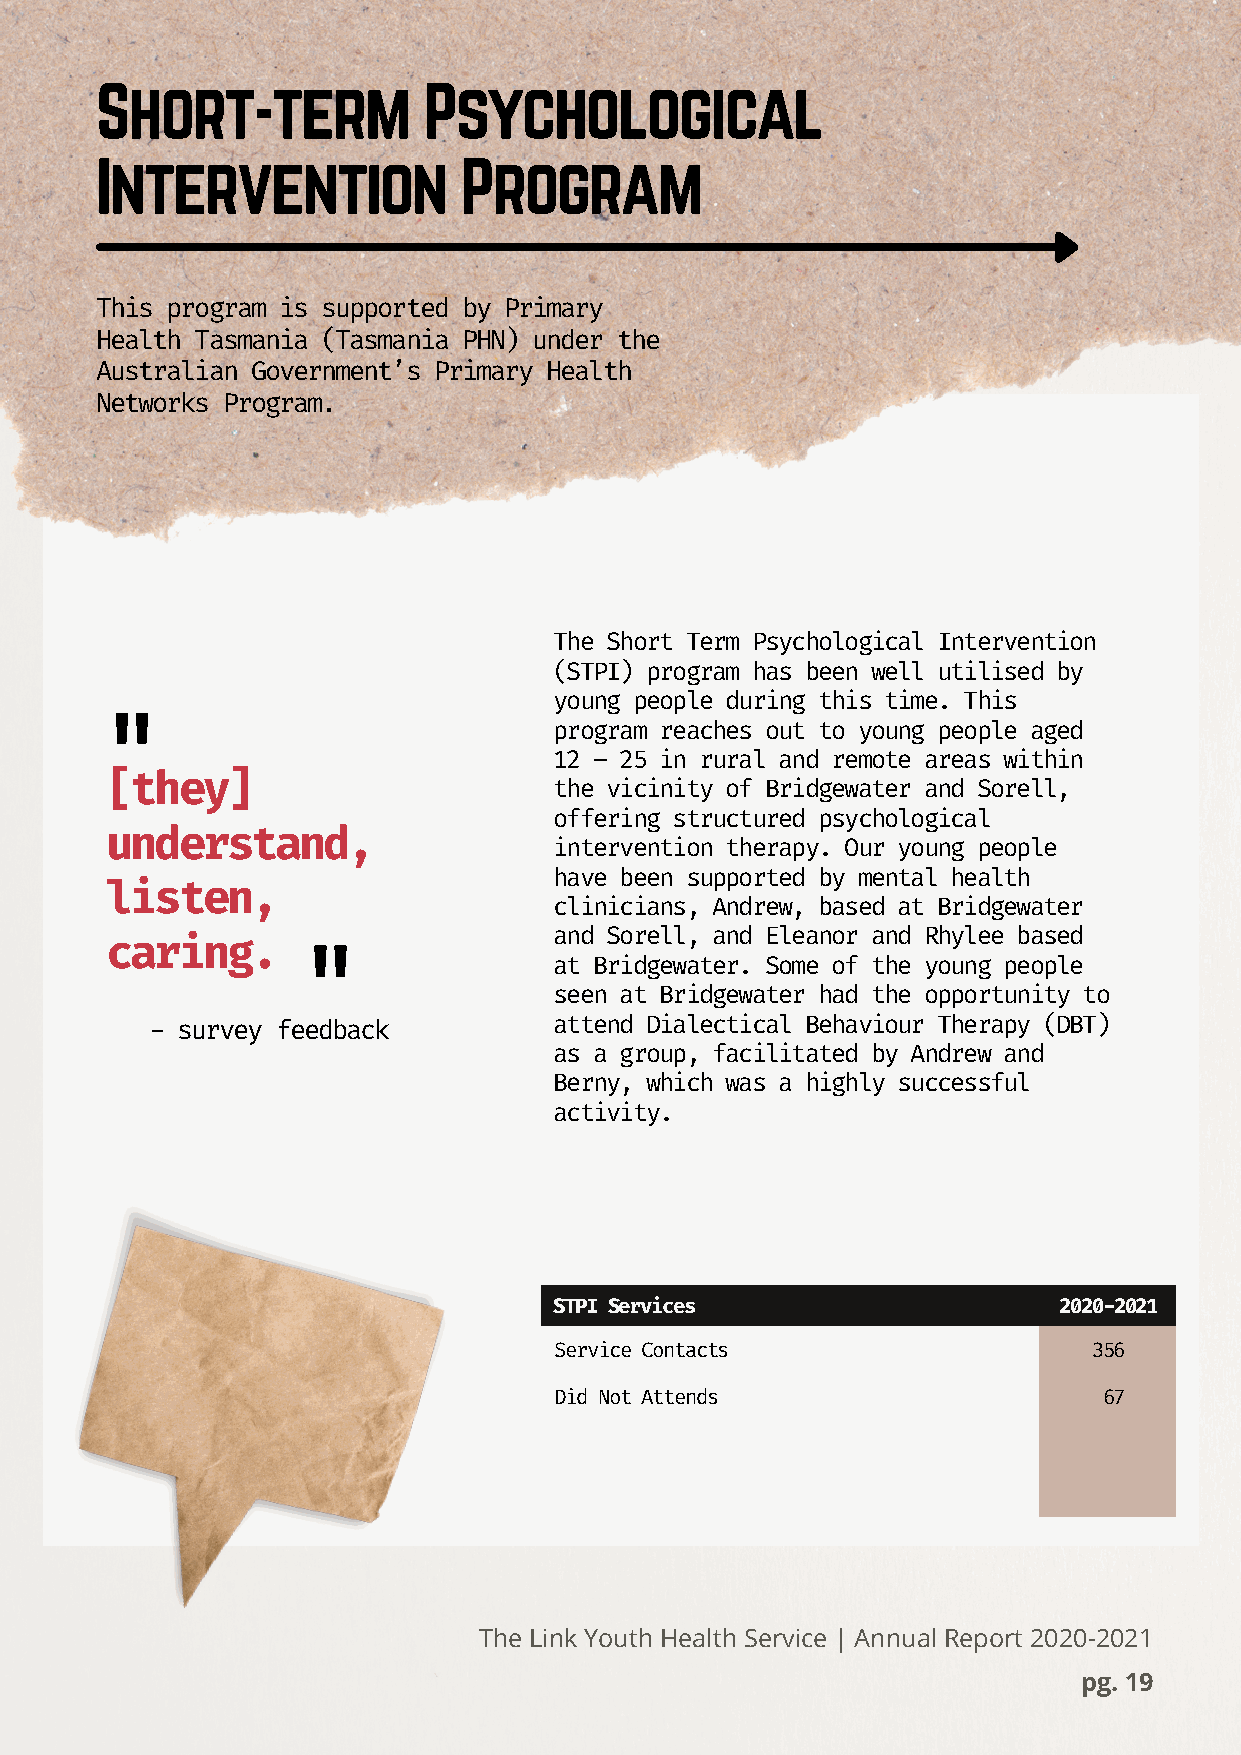
Short-term            Psychological
 Intervention            Program
 This program is supported by Primary
 Health Tasmania (Tasmania PHN) under the
 Australian Government’s Primary Health
 Networks Program.
 The Short Term Psychological Intervention
 (STPI) program has been well utilised by
 young people during this time. This
 "                              program reaches out to young people aged
 12 – 25 in rural and remote areas within
 [they]
 the vicinity of Bridgewater and Sorell,
 offering structured psychological
 understand,
 intervention therapy. Our young people
 have been supported by mental health
 listen,
 clinicians, Andrew, based at Bridgewater
 and Sorell, and Eleanor and Rhylee based
 caring.
 "                 at Bridgewater. Some of the young people
 seen at Bridgewater had the opportunity to
 - survey feedback          attend Dialectical Behaviour Therapy (DBT)
 as a group, facilitated by Andrew and
 Berny, which was a highly successful
 activity.
 STPI Services                    2020-2021
 Service Contacts                   356
 Did Not Attends                     67
 The Link Youth Health Service | Annual Report 2020-2021
 pg. 19